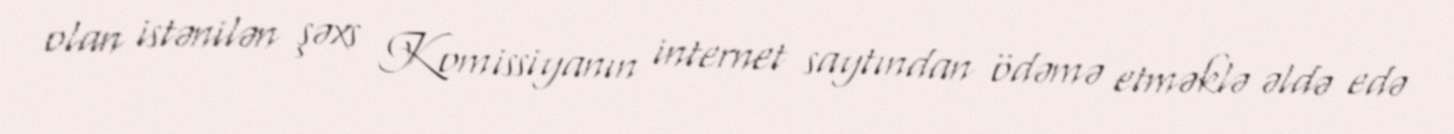
olan istənilən şəxs Komissiyanın internet saytından ödəmə etməklə əldə edə